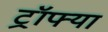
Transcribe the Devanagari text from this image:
ट्रॉफ्या